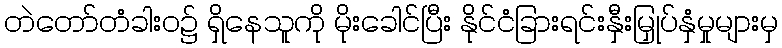
တဲတော်တံခါးဝ၌ ရှိနေသူကို မိုးခေါင်ပြီး နိုင်ငံခြားရင်းနှီးမြှုပ်နှံမှုများမှ